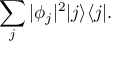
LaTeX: \sum _ { j } | \phi _ { j } | ^ { 2 } | j \rangle \langle j | .